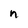
Character: n